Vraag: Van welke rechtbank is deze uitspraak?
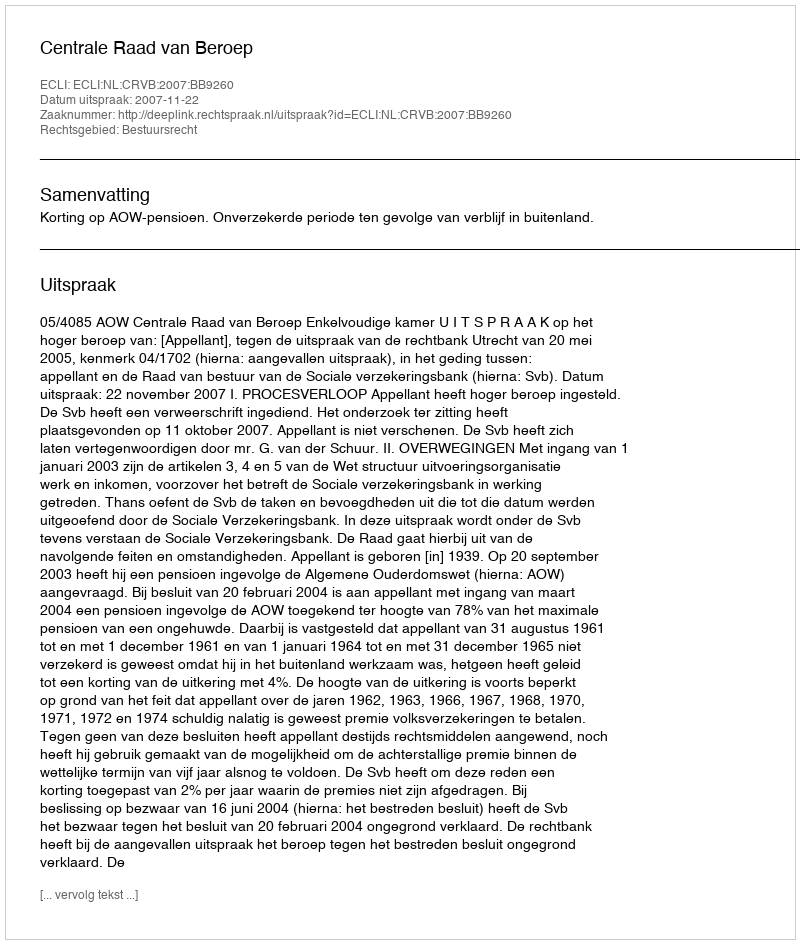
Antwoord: Centrale Raad van Beroep